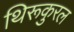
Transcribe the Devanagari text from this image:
थिरूकुरल